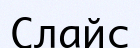
Слайс